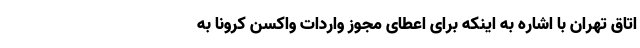
اتاق تهران با اشاره به اینکه برای اعطای مجوز واردات واکسن کرونا به